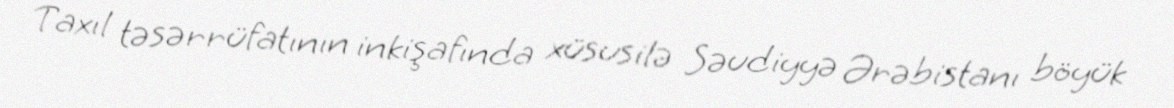
Taxıl təsərrüfatının inkişafında xüsusilə Səudiyyə Ərəbistanı böyük